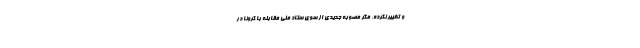
و تغییر نکرده، مگر مصوبه جدیدی از سوی ستاد ملی مقابله با کرونا در